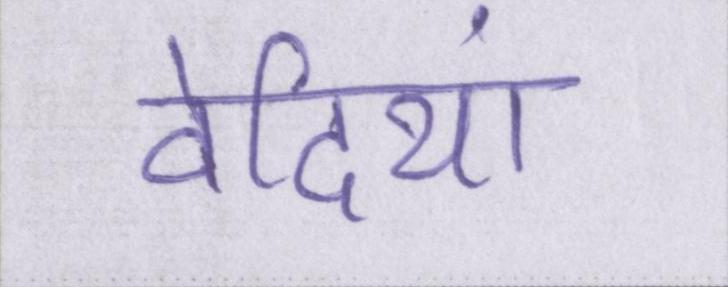
वेदियां